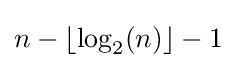
n-\left\lfloor \log _{2}(n)\right\rfloor -1